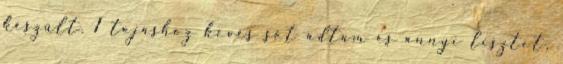
készült. 1 tojáshoz kevés sót adtam és annyi lisztet,